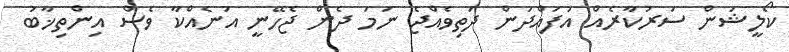
ކޯލީޝަން ސަރުކާރެއް އުފައްދަން ދަތިވެއްޖެ ނަމަ ދެން ޖެހޭނީ އަނެއްކާ ވެސް އިންތިޚާބު